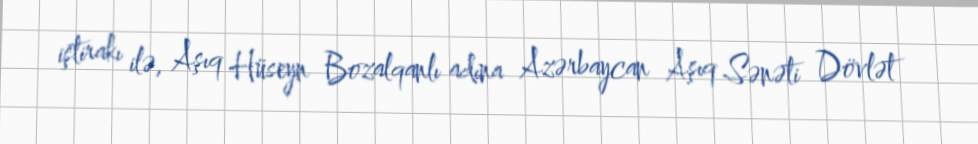
iştirakı ilə, Aşıq Hüseyn Bozalqanlı adına Azərbaycan Aşıq Sənəti Dövlət